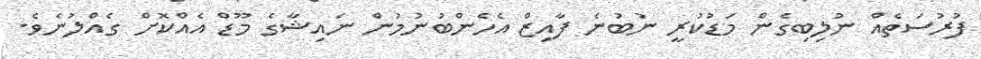
ފުރުސަތެއް ނުލިބިގެން މަޑުކުރީ ނުބުނެ ފާއިޒް އެހެންބުުނުމުން ނައިޝާގެ މޫޑް އެއްކޮށް ގެއްލުނެވެ.